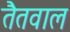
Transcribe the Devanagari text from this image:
तैतवाल